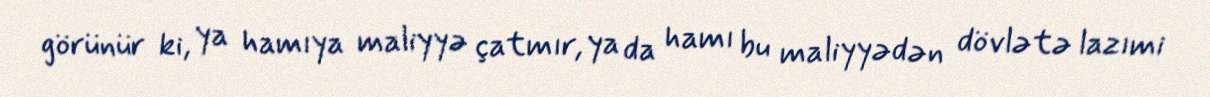
görünür ki, ya hamıya maliyyə çatmır, ya da hamı bu maliyyədən dövlətə lazımi